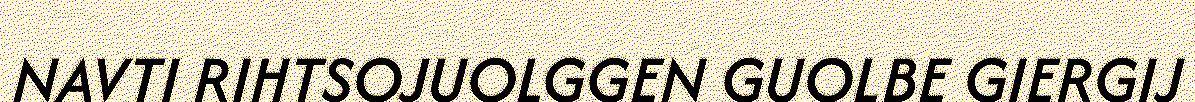
NAVTI RIHTSOJUOLGGEN GUOLBE GIERGIJ